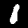
Digit: 1